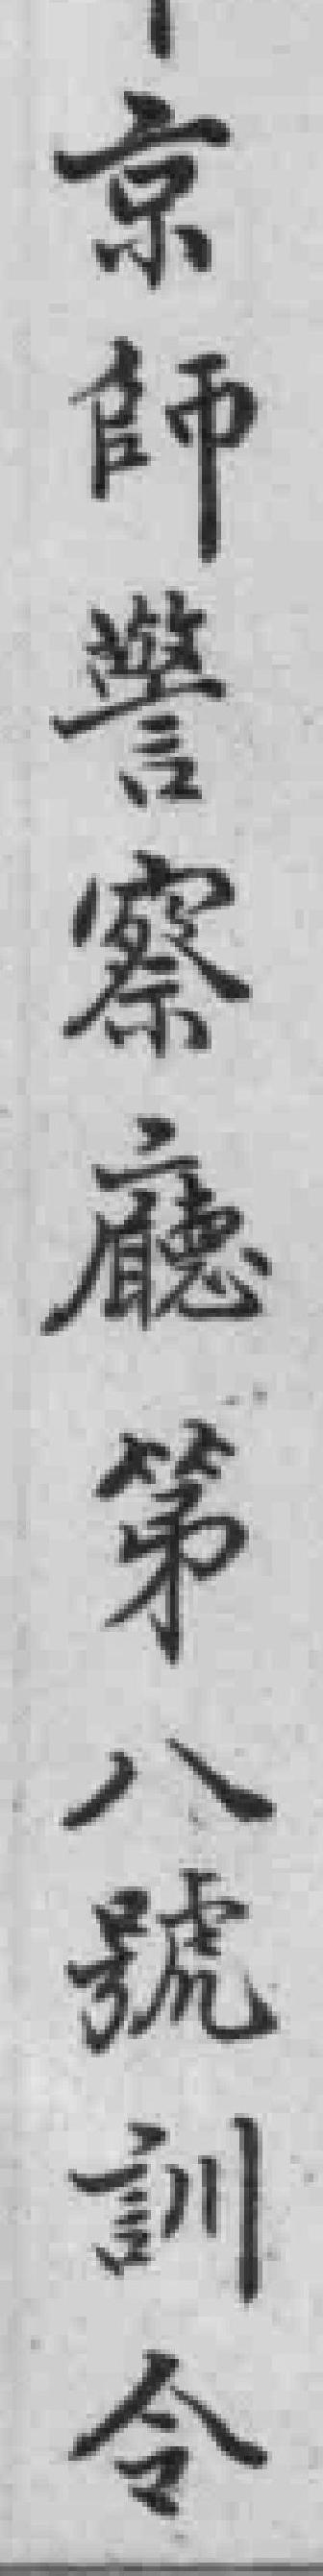
京師警察廳第八號訓令